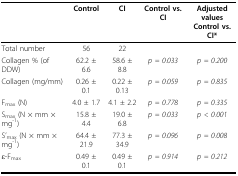
<table><thead><tr><td></td><td><b>Control</b></td><td><b>CI</b></td><td><b>Control vs. CI</b></td><td><b>Adjusted valuesControl vs. CI*</b></td></tr></thead><tbody><tr><td>Total number</td><td>56</td><td>22</td><td></td><td></td></tr><tr><td>Collagen % (of DDW)</td><td>62.2 ± 6.6</td><td>58.6 ± 8.8</td><td><i>p = 0.033</i></td><td><i>p = 0.200</i></td></tr><tr><td>Collagen (mg/mm)</td><td>0.26 ± 0.1</td><td>0.22 ± 0.13</td><td><i>p = 0.059</i></td><td><i>p = 0.835</i></td></tr><tr><td>F<sub>max </sub>(N)</td><td>4.0 ± 1.7</td><td>4.1 ± 2.2</td><td><i>p = 0.778</i></td><td><i>p = 0.335</i></td></tr><tr><td>S<sub>max </sub>(N × mm × mg<sup>-1</sup>)</td><td>15.8 ± 4.4</td><td>19.0 ± 6.8</td><td><i>p = 0.033</i></td><td><i>p &lt; 0.001</i></td></tr><tr><td>S&#x27;<sub>max </sub>(N × mm × mg<sup>-1</sup>)</td><td>64.4 ± 21.9</td><td>77.3 ± 34.9</td><td><i>p = 0.096</i></td><td><i>p = 0.008</i></td></tr><tr><td>ε-F<sub>max</sub></td><td>0.49 ± 0.1</td><td>0.49 ± 0.1</td><td><i>p = 0.914</i></td><td><i>p = 0.212</i></td></tr></tbody></table>